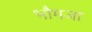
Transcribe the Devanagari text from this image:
भौमजा